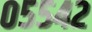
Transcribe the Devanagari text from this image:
०५५४२